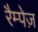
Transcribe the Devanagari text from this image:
रैम्पेज़